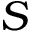
S